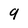
Character: 9